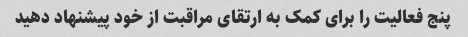
پنج فعالیت را برای کمک به ارتقای مراقبت از خود پیشنهاد دهید